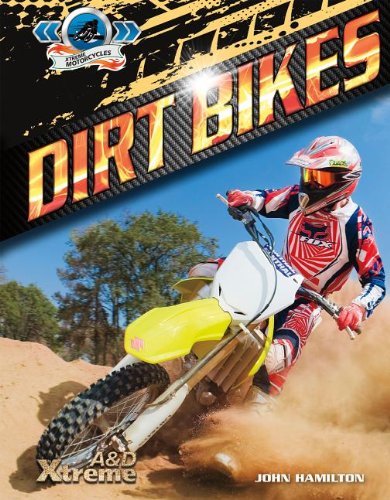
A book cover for Dirt Bikes (Xtreme Motorcycles); John Hamilton; Children's Books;